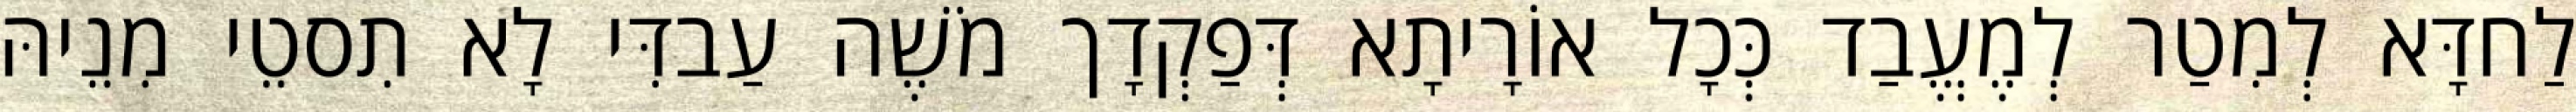
לַחדָּא לְמִטַר לְמֶעֱבַד כְּכָל אוֹרָיתָא דְּפַקְדָך מֹשֶׁה עַבדִּי לָא תִסטֵי מִנֵיהּ